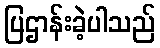
ပြဌာန်းခဲ့ပါသည်